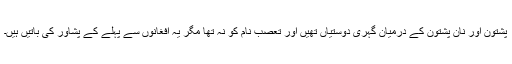
پشتون اور نان پشتون کے درمیان گہری دوستیاں تھیں اور تعصب نام کو نہ تھا مگر یہ افغانوں سے پہلے کے پشاور کی باتیں ہیں۔